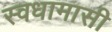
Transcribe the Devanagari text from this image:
स्वधामासी